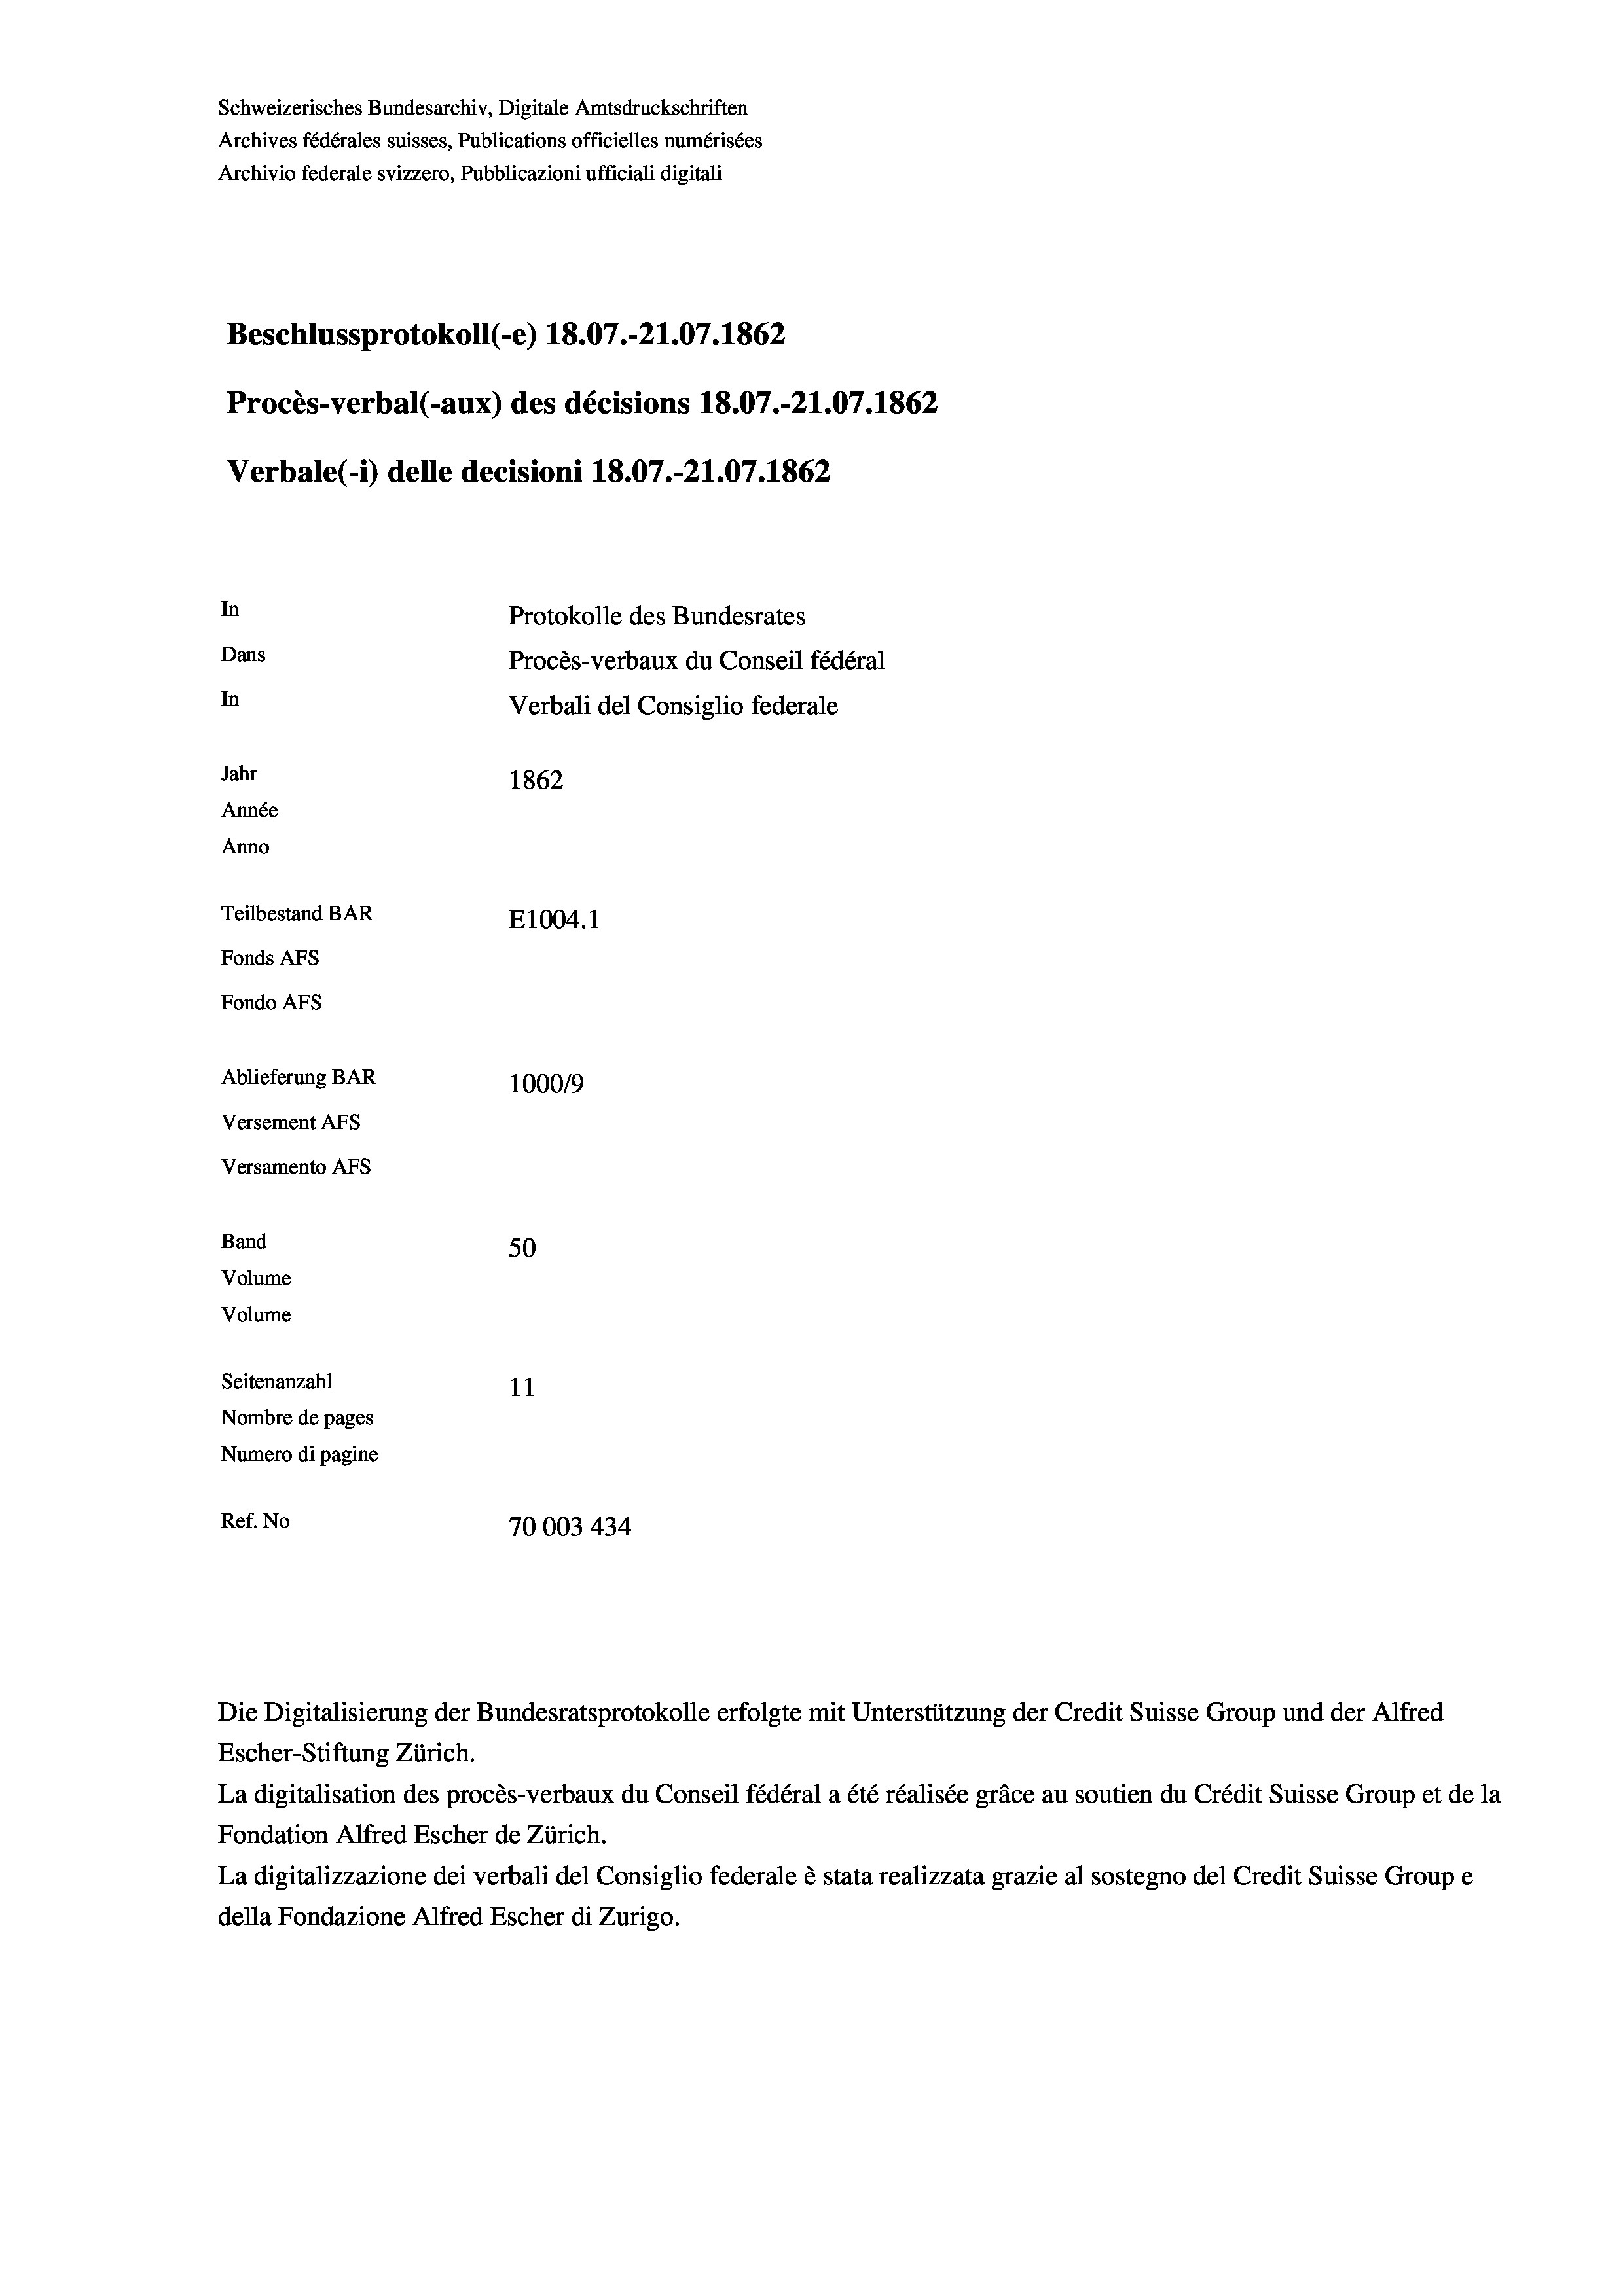
Schweizerisches Bundesarchiv, Digitale Amtsdruckschriften
Archives fédérales suisses, Publications officielles numérisées
Archivio federale svizzero, Pubblicazioni ufficiali digitali
Beschlussprotokoll (-e) 18.07.-21.07. 1862
Procès-verbal (-aux) des décisions 18.07.-21.07. 1862
Verbale (- 1) delle decisioni 18.07.-21.07. 1862
In
Protokolle des Bundesrates
Dans
Procès-verbaux du Conseil fédéral
In
Verbali del Consiglio federale
Jahr
1862
Année
Anno
Teilbestand BAR
E1004. 1
Fonds AFs
Fondo AFS
Ablieferung BAR
100019
Versement As
Versamento AFS
Band
50
Volume
Volume

1
Seitenanzahl
11
Nombre de pages
Numero di pagine
Ref. No
70003434

Die Digitalisierung der Bundesratsprotokolle erfolgte mit Unterstützung der Credit Suisse Group und der Alfred

Escher-Stiftung Zürich.
La digitalisation des procès-verbaux du Conseil fédéral a été réalisée gräce au soutien du Crédit Suisse Group et de la
Fondation Alfred Escher de Zürich.
La digitalizzazione dei verbali del Consiglio federale è stata realizzata grazie al sostegno del Credit Suisse Groupe
della Fondazione Alfred Escher di Zurigo.